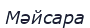
Мәйсара